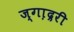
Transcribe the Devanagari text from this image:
ज्गा़द्ररी